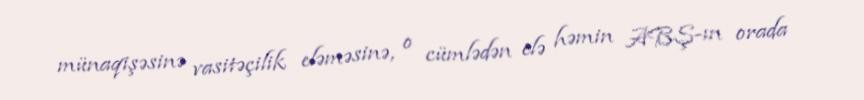
münaqişəsinə vasitəçilik eləməsinə, o cümlədən elə həmin ABŞ-ın orada